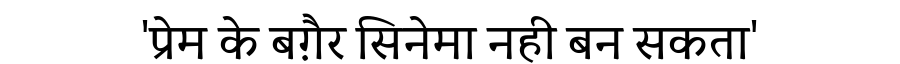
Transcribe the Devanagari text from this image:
'प्रेम के बग़ैर सिनेमा नही बन सकता'